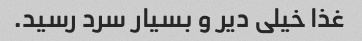
غذا خیلی دیر و بسیار سرد رسید.